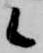
候